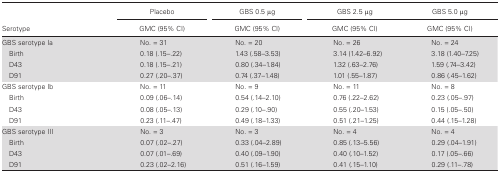
<table><thead><tr><td rowspan="2"><b>Serotype</b></td><td><b>Placebo</b></td><td><b>GBS 0.5 μg</b></td><td><b>GBS 2.5 μg</b></td><td><b>GBS 5.0 μg</b></td></tr><tr><td><b>GMC (95% CI)</b></td><td><b>GMC (95% CI)</b></td><td><b>GMC (95% CI)</b></td><td><b>GMC (95% CI)</b></td></tr></thead><tbody><tr><td>GBS serotype Ia</td><td>No. = 31</td><td>No. = 20</td><td>No. = 26</td><td>No. = 24</td></tr><tr><td> Birth</td><td>0.18 (.15–.22)</td><td>1.43 (.58–3.53)</td><td>3.14 (1.42–6.92)</td><td>3.18 (1.40–7.25)</td></tr><tr><td> D43</td><td>0.18 (.15–.21)</td><td>0.80 (.34–1.84)</td><td>1.32 (.63–2.76)</td><td>1.59 (.74–3.42)</td></tr><tr><td> D91</td><td>0.27 (.20–.37)</td><td>0.74 (.37–1.48)</td><td>1.01 (.55–1.87)</td><td>0.86 (.45–1.62)</td></tr><tr><td>GBS serotype Ib</td><td>No. = 11</td><td>No. = 9</td><td>No. = 11</td><td>No. = 8</td></tr><tr><td> Birth</td><td>0.09 (.06–.14)</td><td>0.54 (.14–2.10)</td><td>0.76 (.22–2.62)</td><td>0.23 (.05–.97)</td></tr><tr><td> D43</td><td>0.08 (.05–.13)</td><td>0.29 (.10–.90)</td><td>0.55 (.20–1.53)</td><td>0.15 (.05–.50)</td></tr><tr><td> D91</td><td>0.23 (.11–.47)</td><td>0.49 (.18–1.33)</td><td>0.51 (.21–1.25)</td><td>0.44 (.15–1.28)</td></tr><tr><td>GBS serotype III</td><td>No. = 3</td><td>No. = 3</td><td>No. = 4</td><td>No. = 4</td></tr><tr><td> Birth</td><td>0.07 (.02–.27)</td><td>0.33 (.04–2.89)</td><td>0.85 (.13–5.56)</td><td>0.29 (.04–1.91)</td></tr><tr><td> D43</td><td>0.07 (.01–.69)</td><td>0.40 (.09–1.90)</td><td>0.40 (.10–1.52)</td><td>0.17 (.05–.66)</td></tr><tr><td> D91</td><td>0.23 (.02–2.16)</td><td>0.51 (.16–1.59)</td><td>0.41 (.15–1.10)</td><td>0.29 (.11–.78)</td></tr></tbody></table>